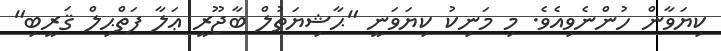
ކިޔަވާން ހުންނެވިއެވެ. މި މަނިކު ކިޔަވަނީ "ޙާޝިޔަތުލް ބާޖޫރީ ޢަލާ ފަތްޙިލް ޤަރީބި"